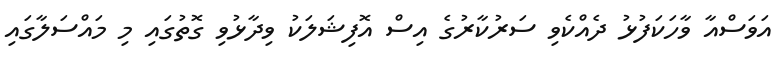
އަވަސްއާ ވާހަކަފުޅު ދެއްކެވި ސަރުކާރުގެ އިސް އޮފިޝަލަކު ވިދާޅުވި ގޮތުގައި މި މައްސަލާގައި